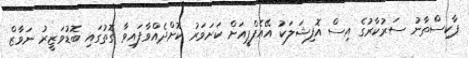
ޕާކިސްތާނު ސަރުކާރުގެ އިސް އޮފިޝަލަކު އޭއެފްޕީއަށް ކަށަވަރު ކޮށްދެއްވާފައިވާ ގޮތުގައި ބޮޑުވަޒީރު ނަވާޒް